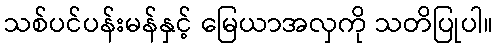
သစ်ပင်ပန်းမန်နှင့် မြေယာအလှကို သတိပြုပါ။